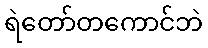
ရဲတော်တကောင်ဘဲ